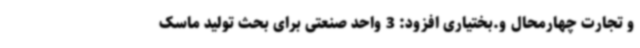
و تجارت چهارمحال و.بختیاری افزود: 3 واحد صنعتی برای بحث تولید ماسک